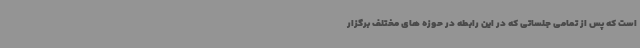
است که پس از تمامی جلساتی که در این رابطه در حوزه های مختلف برگزار